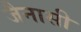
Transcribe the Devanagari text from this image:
जैनासी